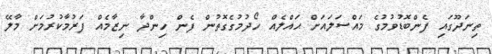
ތިނަދޫގައި ފެންބޮޑުވުމުގެ މައްސަލައަށް ޙައްލެއް ހޯދުމުގެގޮތުން ފެން ހިންދާ ނިޒާމެއް ފަރުމާކުރުމަށް މާލޭ